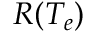
R ( T _ { e } )